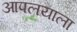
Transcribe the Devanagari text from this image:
आपलयाला